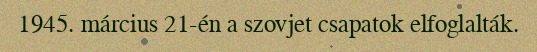
1945. március 21-én a szovjet csapatok elfoglalták.